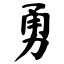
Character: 勇